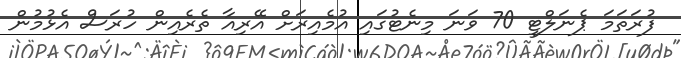
ފުރަތަމަ ޕެނަލްޓީ 70 ވަނަ މިނެޓުގައި އުމެއިރަށް އޭރިއާ ތެރެއިން ހުރަސް އެޅުމުން